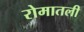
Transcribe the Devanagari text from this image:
रोमातली